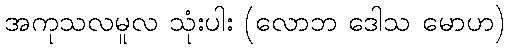
အကုသလမူလ သုံးပါး (လောဘ ဒေါသ မောဟ)